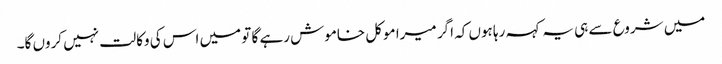
میں شروع سے ہی یہ کہہ رہا ہوں کہ اگر میرا موکل خاموش رہے گا تو میں اس کی وکالت نہیں کروں گا۔